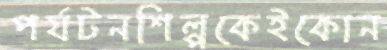
পর্যটনশিল্পকেইকোন